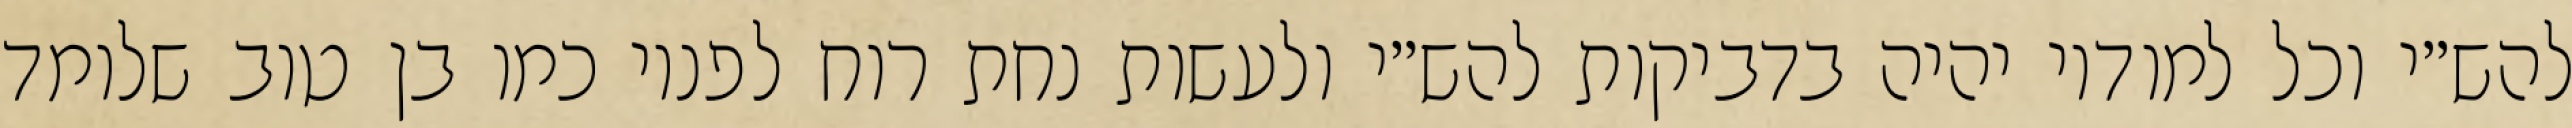
להש״י וכל למודיו יהיה בדביקות להש״י ולעשות נחת רוח לפניו כמו בן טוב שלומד